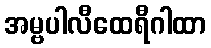
အမ္ဗပါလီထေရီဂါထာ